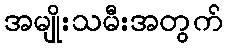
အမျိုးသမီးအတွက်